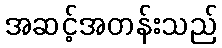
အဆင့်အတန်းသည်